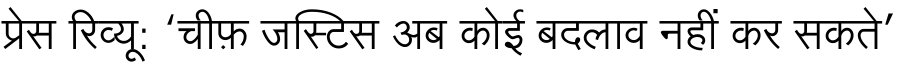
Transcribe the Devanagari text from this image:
प्रेस रिव्यू: ‘चीफ़ जस्टिस अब कोई बदलाव नहीं कर सकते’